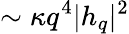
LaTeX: \sim\kappa q^{4}|h_{q}|^{2}